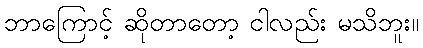
ဘာကြောင့် ဆိုတာတော့ ငါလည်း မသိဘူး။